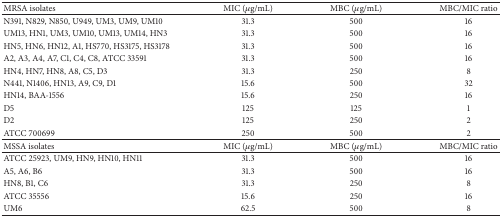
| MRSA isolates | MIC (μg/mL) | MBC (μg/mL) | MBC/MIC ratio |
 | --- | --- | --- | --- |
 | N391, N829, N850, U949, UM3, UM9, UM10 | 31.3 | 500 | 16 |
 | UM13, HN1, UM3, UM10, UM13, UM14, HN3 | 31.3 | 500 | 16 |
 | HN5, HN6, HN12, A1, HS770, HS3175, HS3178 | 31.3 | 500 | 16 |
 | A2, A3, A4, A7, C1, C4, C8, ATCC 33591 | 31.3 | 500 | 16 |
 | HN4, HN7, HN8, A8, C5, D3 | 31.3 | 250 | 8 |
 | N441, N1406, HN13, A9, C9, D1 | 15.6 | 500 | 32 |
 | HN14, BAA-1556 | 15.6 | 250 | 16 |
 | D5 | 125 | 125 | 1 |
 | D2 | 125 | 250 | 2 |
 | ATCC 700699 | 250 | 500 | 2 |
 | MSSA isolates | MIC (μg/mL) | MBC (μg/mL) | MBC/MIC ratio |
 | ATCC 25923, UM9, HN9, HN10, HN11 | 31.3 | 500 | 16 |
 | A5, A6, B6 | 31.3 | 500 | 16 |
 | HN8, B1, C6 | 31.3 | 250 | 8 |
 | ATCC 35556 | 15.6 | 250 | 16 |
 | UM6 | 62.5 | 500 | 8 |